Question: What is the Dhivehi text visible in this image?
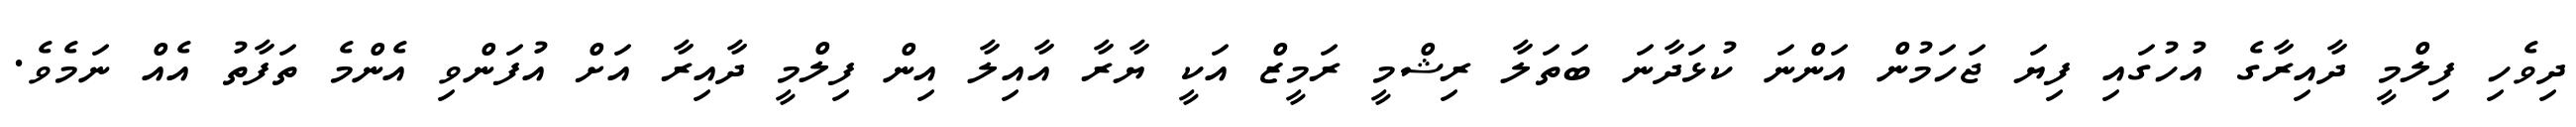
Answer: ދިވެހި ފިލްމީ ދާއިރާގެ އުހުގައި ފިޔަ ޖަހަމުން އަންނަ ކުޅަދާނަ ބަތަލާ ރިޝްމީ ރަމީޒް އަކީ ޔާރާ އާއިލާ އިން ފިލްމީ ދާއިރާ އަށް އުފަންވި އެންމެ ތަފާތު އެއް ނަމެވެ.